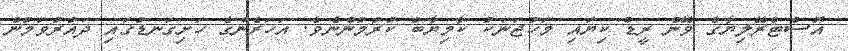
އޮސްޓްރޭލިޔާގެ ވޭން ރީޑް ކިޔައި މަހުޖަނަކު ކާމިޔާބު ކުރުމުންނެވެ. އަހަރެންގެ ހަށިގަނޑުގައި ދައުރުވަމުން